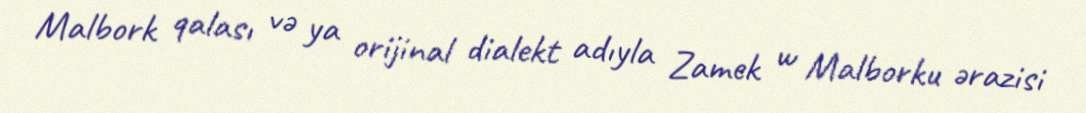
Malbork qalası və ya orijinal dialekt adıyla Zamek w Malborku ərazisi